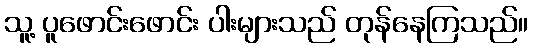
သူ့ ပူဖောင်းဖောင်း ပါးများသည် တုန်နေကြသည်။